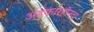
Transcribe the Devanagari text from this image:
अहंकारहीनता